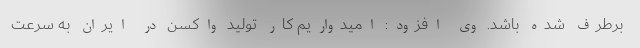
برطرف شده باشد. وی افزود: امیدواریم کار تولید واکسن در ایران به سرعت